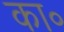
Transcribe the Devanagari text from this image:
का॰